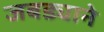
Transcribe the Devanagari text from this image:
जबड्याने